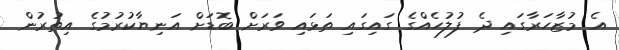
އެ މުޒާހަރާގައި ދެ ފުލުހެއްގެ ގައިގައި ތަޅައި ވަރަށް ބޮޑަށް އަނިޔާކުރުމުގެ އިތުރުން